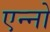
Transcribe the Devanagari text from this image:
एन्नो